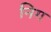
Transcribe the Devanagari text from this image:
निग